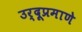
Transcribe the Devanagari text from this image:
उर्दूप्रमाणे